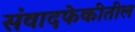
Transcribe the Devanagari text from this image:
संवादफेकीतील